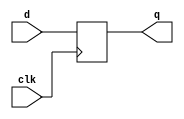
module block( q, d, clk);
  
output q     ;
input  d     ; 
input  clk   ;

reg    q     ;
reg   n1     ;

always @(posedge clk) begin 
n1 = d  ;  // blocking 
q  = n1 ; // blocking

end

endmodule




module nonblock( q, d, clk);
  
  
output q     ; 
input  d     ; 
input  clk   ;

reg   q      ;
reg   n1     ;

always @(posedge clk) begin 
n1 <= d  ;  // nonblocking 
q  <= n1 ; // nonblocking

end
endmodule